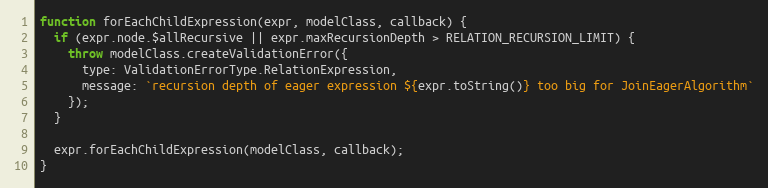
Language: JavaScript
function forEachChildExpression(expr, modelClass, callback) {
  if (expr.node.$allRecursive || expr.maxRecursionDepth > RELATION_RECURSION_LIMIT) {
    throw modelClass.createValidationError({
      type: ValidationErrorType.RelationExpression,
      message: `recursion depth of eager expression ${expr.toString()} too big for JoinEagerAlgorithm`
    });
  }

  expr.forEachChildExpression(modelClass, callback);
}